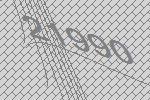
21990